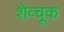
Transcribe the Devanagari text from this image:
शेव्चूक